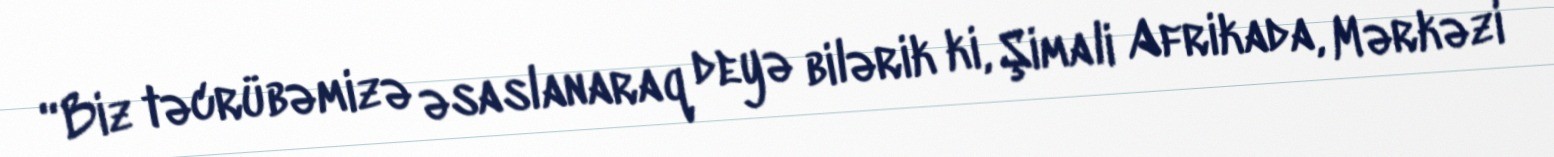
“Biz təcrübəmizə əsaslanaraq deyə bilərik ki, Şimali Afrikada, Mərkəzi